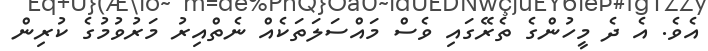
އެވެ. އެ ދެ މީހުންގެ ތެރޭގައި ވެސް މައްސަލަތަކެއް ނެތްއިރު މަރުވުމުގެ ކުރިން